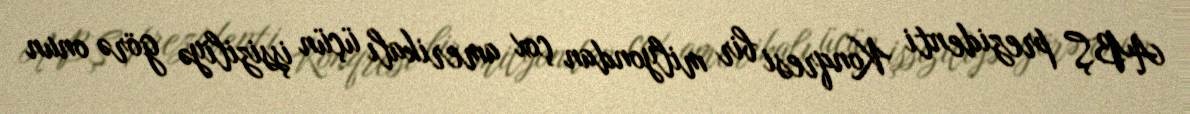
ABŞ prezidenti Konqresi bir milyondan çox amerikalı üçün işsiziliyə görə onun